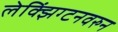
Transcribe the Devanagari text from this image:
लेक्झिंग्टनवरुन